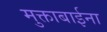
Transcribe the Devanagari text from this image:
मुक्ताबाईना